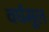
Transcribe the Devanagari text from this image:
वर्घमूल